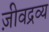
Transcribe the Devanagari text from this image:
ज़ीवद्रव्य